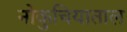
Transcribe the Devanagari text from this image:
नोकुचियाताल